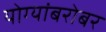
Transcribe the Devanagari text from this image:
योग्यांबरोबर